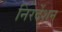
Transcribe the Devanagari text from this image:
निरर्देशन